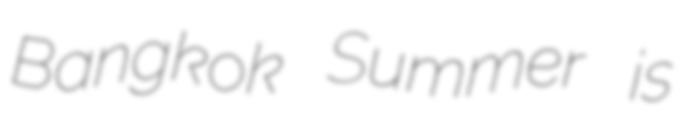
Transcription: Bangkok Summer is